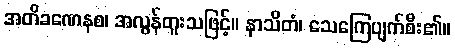
အတိခဏေနစ၊ အလွန်တူးသဖြင့်။ နာသိတံ၊ သေကြေပျက်စီး၏။